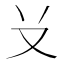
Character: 𠬠